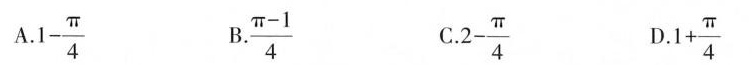
A. $$1 - \frac{\pi}{4}$$ B. $$\frac{\pi - 1}{4}$$ C. $$2 - \frac{\pi}{4}$$ D. $$1 + \frac{\pi}{4}$$